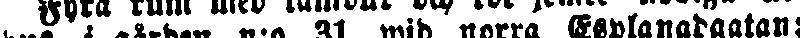
hus, i gården n:o 31 wid norra Esplanadgatan;